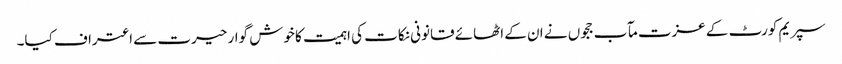
سپریم کورٹ کے عزت مآب ججوں نے ان کے اٹھائے قانونی نکات کی اہمیت کا خوش گوار حیرت سے اعتراف کیا۔